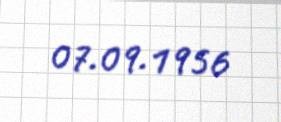
07.09.1956